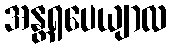
အန္တရပေယျာလ